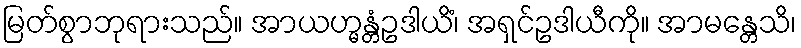
မြတ်စွာဘုရားသည်။ အာယဟ္မန္တံဥဒါယိံ၊ အရှင်ဥဒါယီကို။ အာမန္တေသိ၊